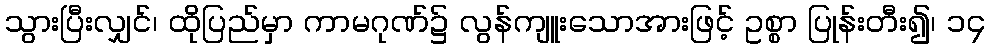
သွားပြီးလျှင်၊ ထိုပြည်မှာ ကာမဂုဏ်၌ လွန်ကျူးသောအားဖြင့် ဥစ္စာ ပြုန်းတီး၍၊ ၁၄